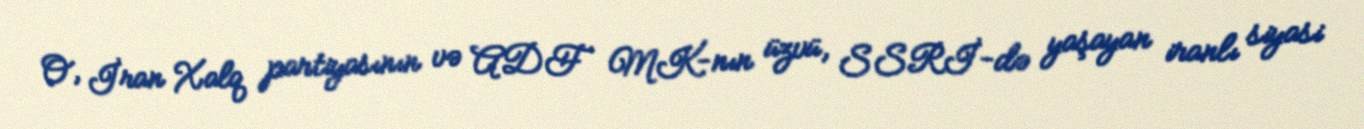
O, İran Xalq partiyasının və ADF MK-nın üzvü, SSRİ-də yaşayan iranlı siyasi